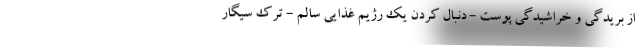
از بریدگی و خراشیدگی پوست - دنبال کردن یک رژیم غذایی سالم - ترک سیگار